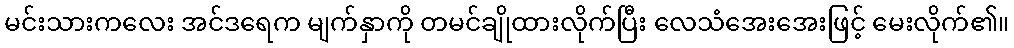
မင်းသားကလေး အင်ဒရေက မျက်နှာကို တမင်ချိုထားလိုက်ပြီး လေသံအေးအေးဖြင့် မေးလိုက်၏။